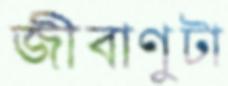
জীবাণুটা